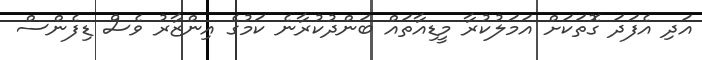
އަދި އެފަދަ ގޮތަކަށް އަމަލުކުރާ މީޑިއާތައް ބަންދުކުރާނެ ކަމުގެ އިންޒާރު ވެސް ޑިފެންސް